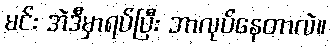
မင်း အဲဒီမှာရပ်ပြီး ဘာလုပ်နေတာလဲ။